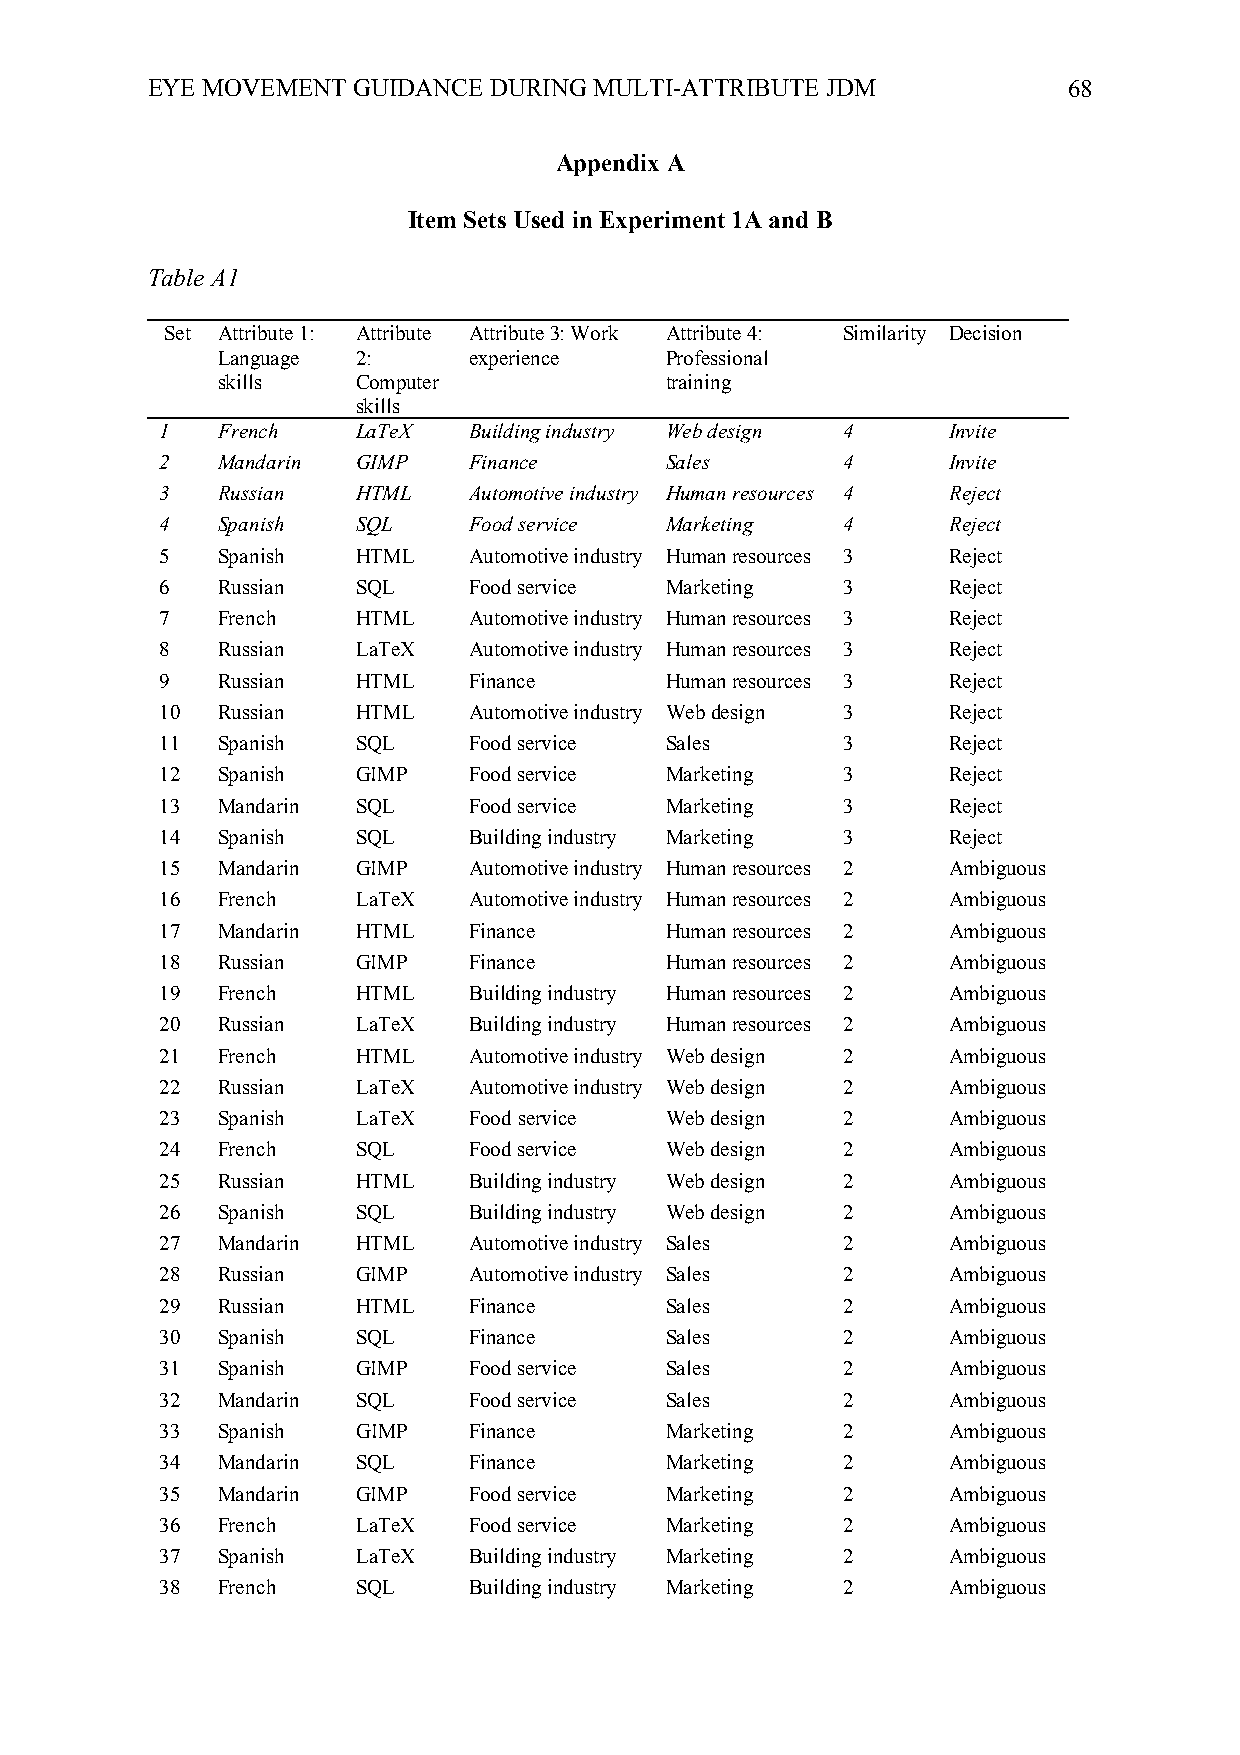
EYE MOVEMENT GUIDANCE DURING MULTI-ATTRIBUTE JDM             68
 Appendix A
 Item Sets Used in Experiment 1A and B
 Table A1
 Set Attribute 1: Attribute Attribute 3: Work Attribute 4: Similarity Decision
 Language  2:     experience   Professional
 skills    Computer            training
 skills
 1  French    LaTeX  Building industry Web design 4  Invite
 2  Mandarin  GIMP   Finance      Sales       4      Invite
 3  Russian   HTML   Automotive industry Human resources 4 Reject
 4  Spanish   SQL    Food service Marketing   4      Reject
 5  Spanish   HTML   Automotive industry Human resources 3 Reject
 6  Russian   SQL    Food service Marketing   3      Reject
 7  French    HTML   Automotive industry Human resources 3 Reject
 8  Russian   LaTeX  Automotive industry Human resources 3 Reject
 9  Russian   HTML   Finance      Human resources 3  Reject
 10 Russian   HTML   Automotive industry Web design 3 Reject
 11 Spanish   SQL    Food service Sales       3      Reject
 12 Spanish   GIMP   Food service Marketing   3      Reject
 13 Mandarin  SQL    Food service Marketing   3      Reject
 14 Spanish   SQL    Building industry Marketing 3   Reject
 15 Mandarin  GIMP   Automotive industry Human resources 2 Ambiguous
 16 French    LaTeX  Automotive industry Human resources 2 Ambiguous
 17 Mandarin  HTML   Finance      Human resources 2  Ambiguous
 18 Russian   GIMP   Finance      Human resources 2  Ambiguous
 19 French    HTML   Building industry Human resources 2 Ambiguous
 20 Russian   LaTeX  Building industry Human resources 2 Ambiguous
 21 French    HTML   Automotive industry Web design 2 Ambiguous
 22 Russian   LaTeX  Automotive industry Web design 2 Ambiguous
 23 Spanish   LaTeX  Food service Web design  2      Ambiguous
 24 French    SQL    Food service Web design  2      Ambiguous
 25 Russian   HTML   Building industry Web design 2  Ambiguous
 26 Spanish   SQL    Building industry Web design 2  Ambiguous
 27 Mandarin  HTML   Automotive industry Sales 2     Ambiguous
 28 Russian   GIMP   Automotive industry Sales 2     Ambiguous
 29 Russian   HTML   Finance      Sales       2      Ambiguous
 30 Spanish   SQL    Finance      Sales       2      Ambiguous
 31 Spanish   GIMP   Food service Sales       2      Ambiguous
 32 Mandarin  SQL    Food service Sales       2      Ambiguous
 33 Spanish   GIMP   Finance      Marketing   2      Ambiguous
 34 Mandarin  SQL    Finance      Marketing   2      Ambiguous
 35 Mandarin  GIMP   Food service Marketing   2      Ambiguous
 36 French    LaTeX  Food service Marketing   2      Ambiguous
 37 Spanish   LaTeX  Building industry Marketing 2   Ambiguous
 38 French    SQL    Building industry Marketing 2   Ambiguous